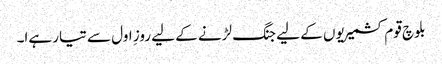
بلوچ قوم کشمیریوں کے لیے جنگ لڑنے کے لیے روزِ اول سے تیار ہےا۔